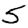
Digit: 5